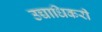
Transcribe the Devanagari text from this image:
उच्चाधिकरी